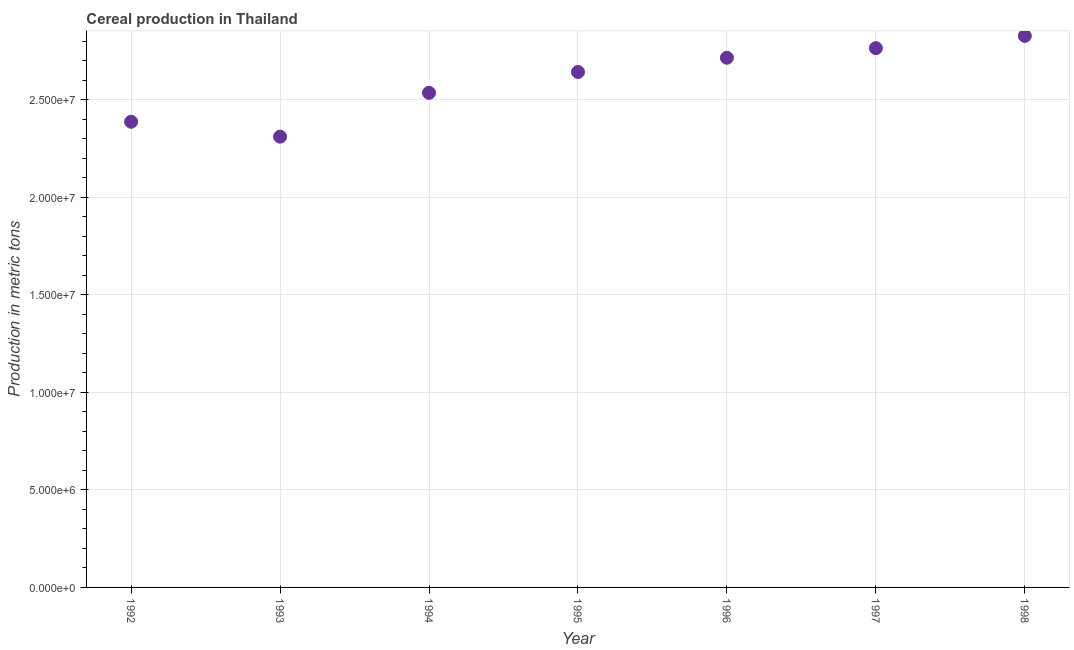
| Year | Cereal production |
 | --- | --- |
 | 1992 | 2.39e+07 |
 | 1993 | 2.31e+07 |
 | 1994 | 2.53e+07 |
 | 1995 | 2.64e+07 |
 | 1996 | 2.71e+07 |
 | 1997 | 2.76e+07 |
 | 1998 | 2.83e+07 |